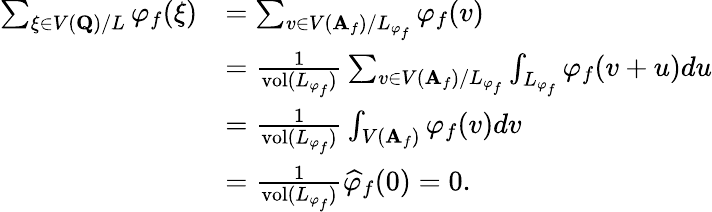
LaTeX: \begin{array}{rl}{\sum_{\xi\in V(\mathbf{Q})/L}\varphi_{f}(\xi)}&{=\sum_{v\in V(\mathbf{A}_{f})/L_{\varphi_{f}}}\varphi_{f}(v)}\\ &{=\frac{1}{\mathrm{vol}(L_{\varphi_{f}})}\sum_{v\in V(\mathbf{A}_{f})/L_{\varphi_{f}}}\int_{L_{\varphi_{f}}}\varphi_{f}(v+u)du}\\ &{=\frac{1}{\mathrm{vol}(L_{\varphi_{f}})}\int_{V(\mathbf{A}_{f})}\varphi_{f}(v)dv}\\ &{=\frac{1}{\mathrm{vol}(L_{\varphi_{f}})}\widehat{\varphi}_{f}(0)=0.}\end{array}